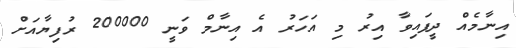
އިނާމެއް ދީފައިވާ އިރު މި އަހަރު އެ އިނާމް ވަނީ 200000 ރުފިޔާއަށް